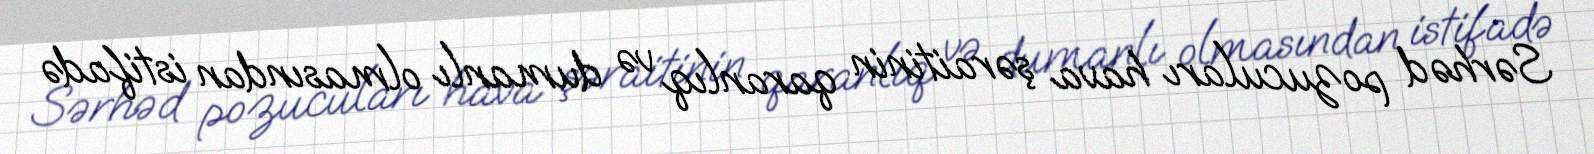
Sərhəd pozucuları hava şəraitinin qaranlıq və dumanlı olmasından istifadə